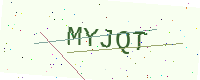
Text: MYJQT